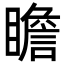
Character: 瞻